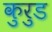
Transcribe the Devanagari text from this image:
कुरुड